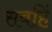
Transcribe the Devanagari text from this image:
सबहिं